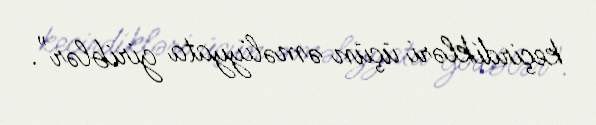
keçirdikləri üçün əməliyyata giriblər".